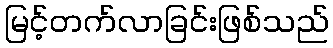
မြင့်တက်လာခြင်းဖြစ်သည်